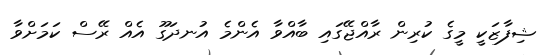
ޝިފާޒަކީ މީގެ ކުރިން ރާއްޖޭގައި ބާއްވާ އެންމެ އުނދަގޫ އެއް ރޭސް ކަމަށްވާ